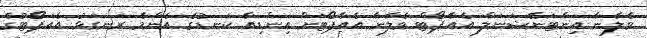
ވެލާނާ އިންޓަނޭޝަނަލް އެއާޕޯޓް ވެލާނާ އެއާޕޯޓަށް އިންޑިއާ ކަނޑުގެ އެންމެ ރަނގަޅު އެއަޕޯޓުގެ